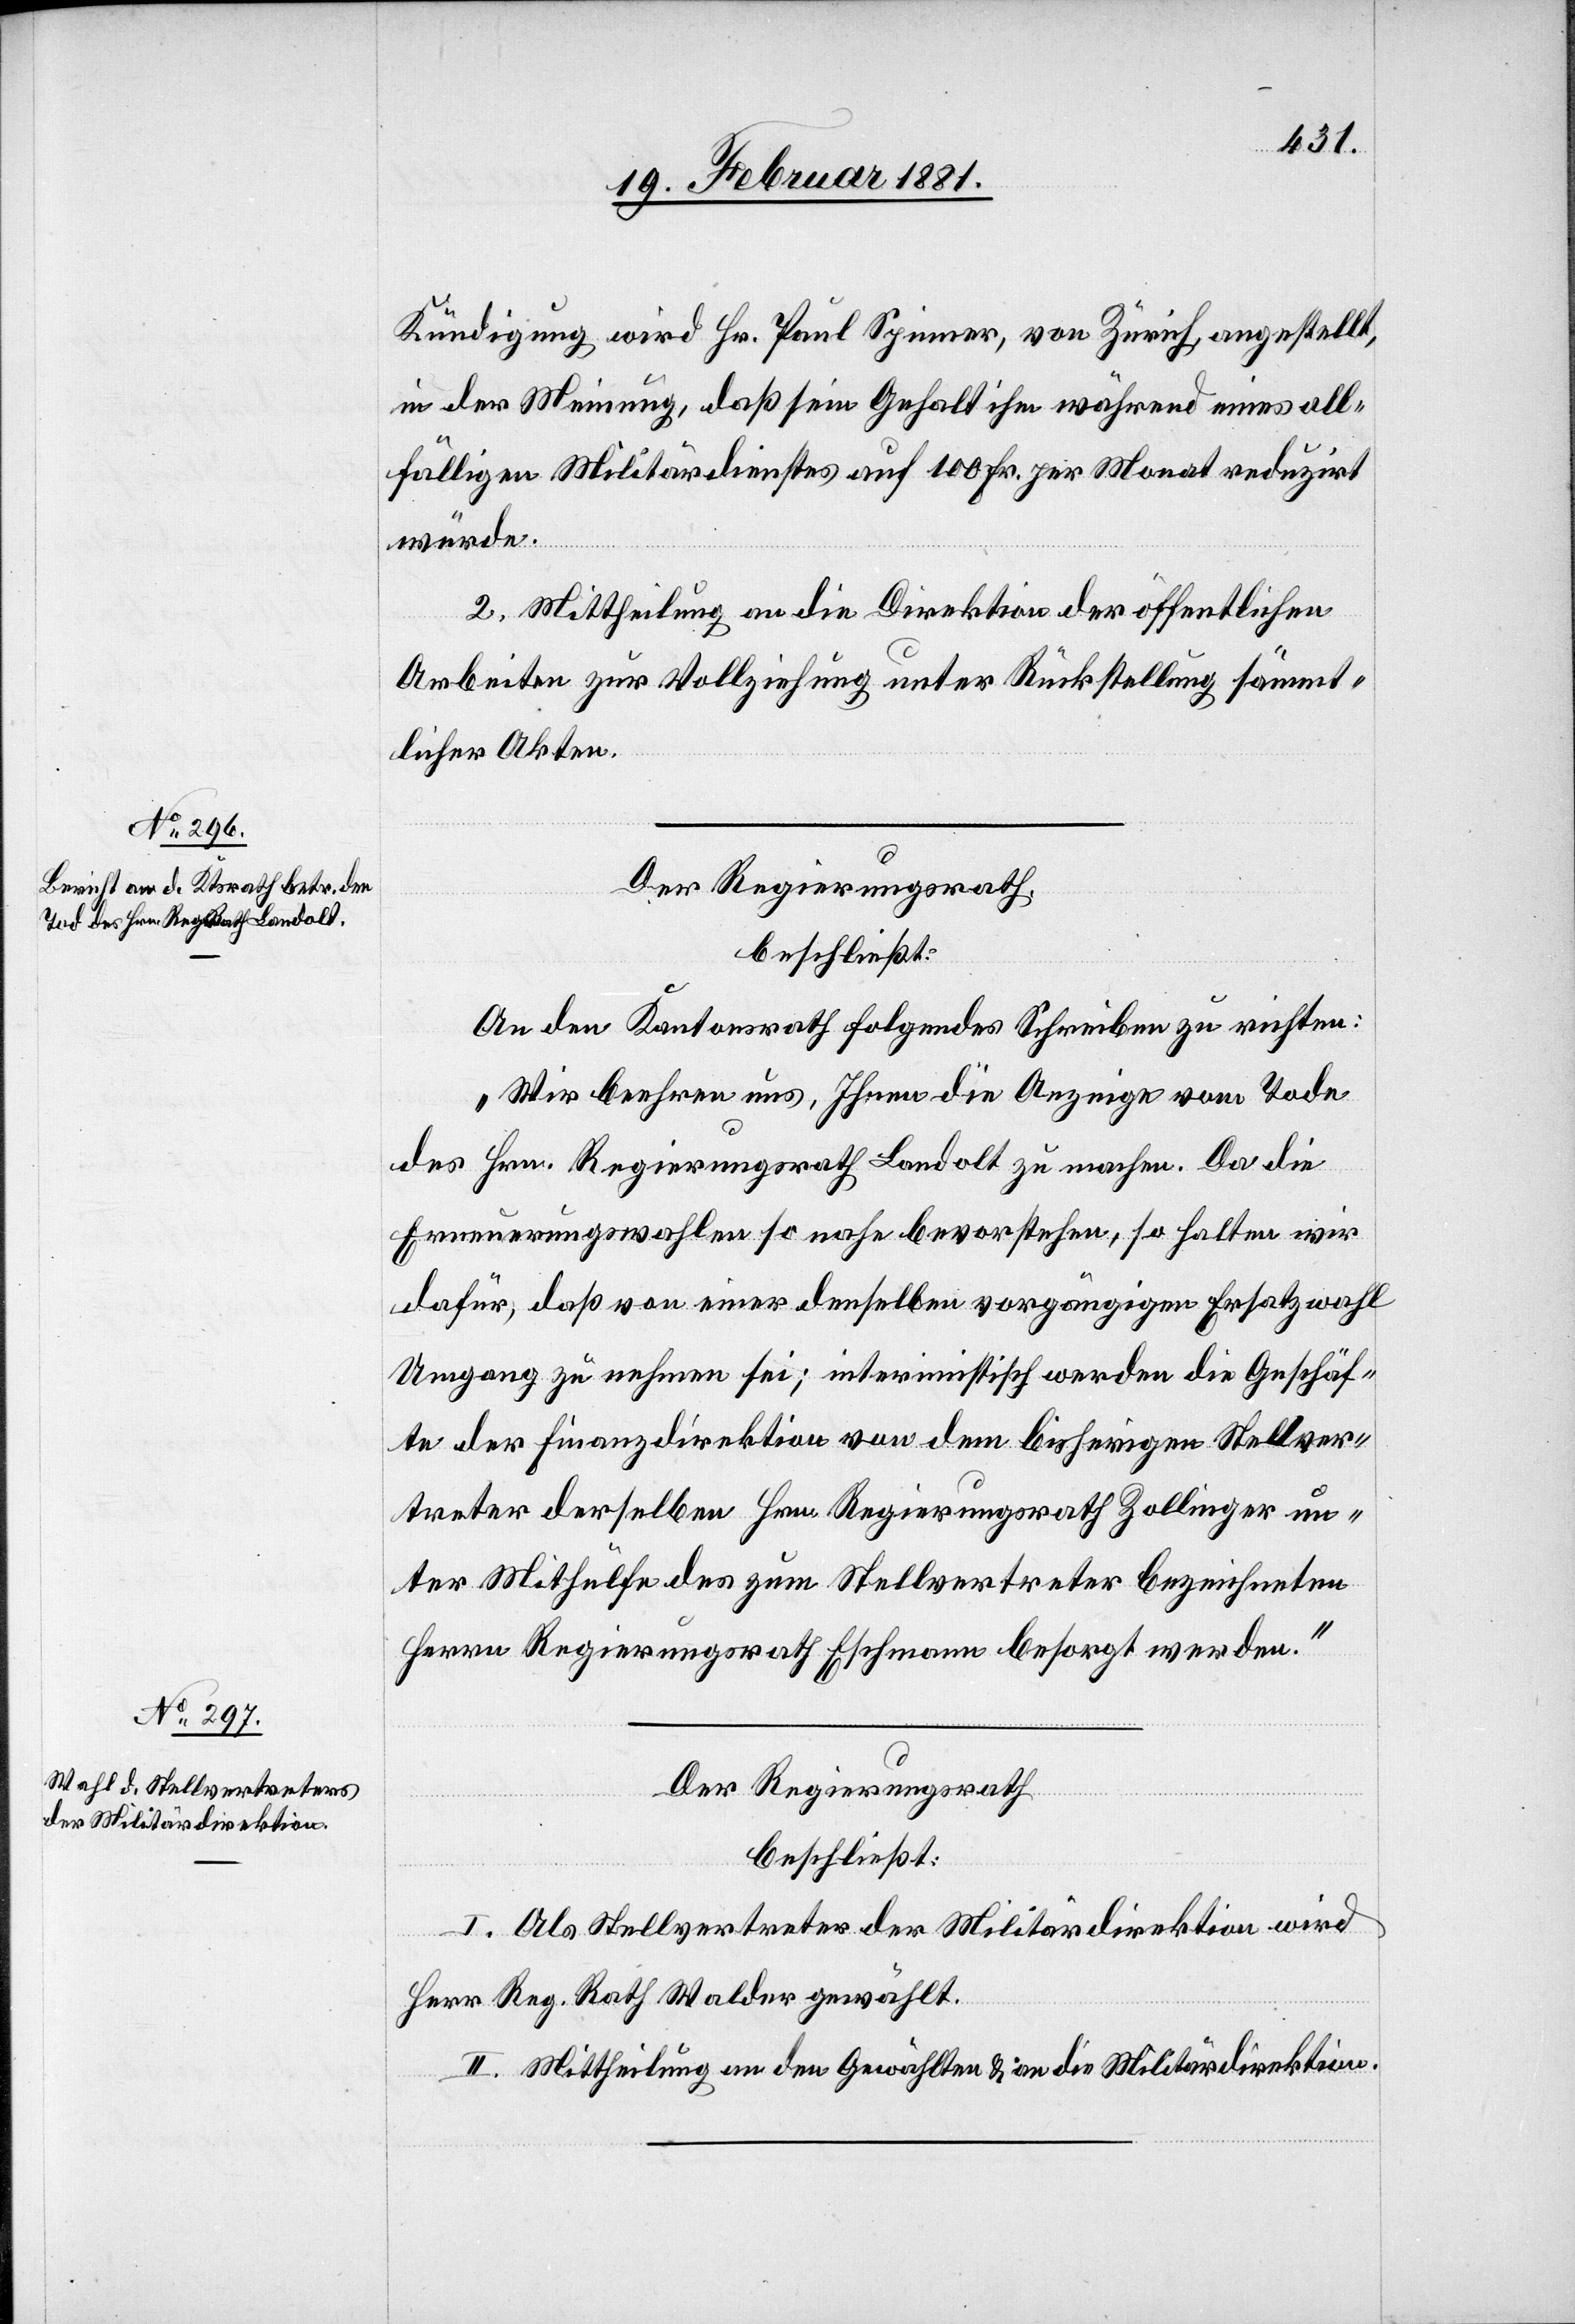
Kündigung wird Hr. Spinner, von Zürich, angestellt,
in der Meinung, daß sein Gehalt ihm während eines all¬
fälligen Militärdienstes auf 100 Fr. per Monat reduzirt
würde.
2. Mittheilung an die Direktion der öffentlichen
Arbeiten zur Vollziehung unter Rückstellung sämmt¬
licher Akten.
Der Regierungsrath,
beschließt:
An den Kantonsrath folgendes Schreiben zu richten:
„Wir beehren uns, Ihnen die Anzeige vom Tode
des Hrn. Regierungsrath Landolt zu machen. Da die
Erneuerungswahlen so nahe bevorstehen, so halten wir
dafür, daß von einer denselben vorgängigen Ersatzwahl
Umgang zu nehmen sei; interimistisch werden die Geschäf¬
te der Finanzdirektion von dem bisherigen Stellver¬
treter derselben Hrn. Regierungsrath Zollinger un¬
ter Mithülfe des zum Stellvertreter bezeichneten
Herrn Regierungsrath Eschmann besorgt werden.“
Der Regierungsrath
beschließt:
I. Als Stellvertreter der Militärdirektion wird
Herr Reg. Rath Walder gewählt.
II. Mittheilung an den Gewählten & an die Militärdirektion.